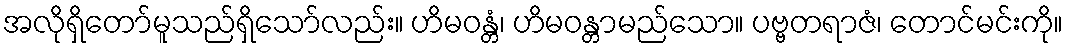
အလိုရှိတော်မူသည်ရှိသော်လည်း။ ဟိမဝန္တံ၊ ဟိမဝန္တာမည်သော။ ပဗ္ဗတရာဇံ၊ တောင်မင်းကို။